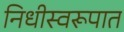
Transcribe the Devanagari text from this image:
निधीस्वरूपात